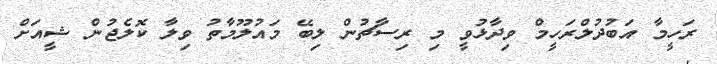
ރަހީމާ އަބުދުލްރަހީމް ވިދާޅުވީ މި ރިސާޗުން ލިބޭ މައުލޫމާތު ވިލާ ކޮލެޖުން ޝީއަށް